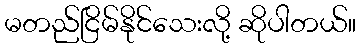
မတည်ငြိမ်နိုင်သေးလို့ ဆိုပါတယ်။